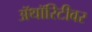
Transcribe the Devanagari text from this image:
ॲथॉरिटीवर